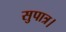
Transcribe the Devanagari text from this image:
सुपात्र।